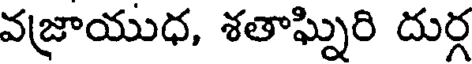
వజ్రాయుధ, శతాఘ్నిరి దుర్గ